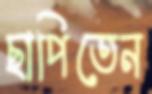
ছাপিতেন